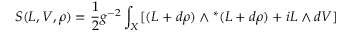
S ( L , V , \rho ) = \frac { 1 } { 2 } g ^ { - 2 } \int _ { X } [ ( L + d \rho { } ) \wedge { } ^ { * } ( L + d \rho { } ) + i L \wedge { } d V ]